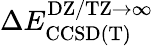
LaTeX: \Delta E_{\mathrm{CCSD(T)}}^{\mathrm{DZ/TZ}\rightarrow\infty}